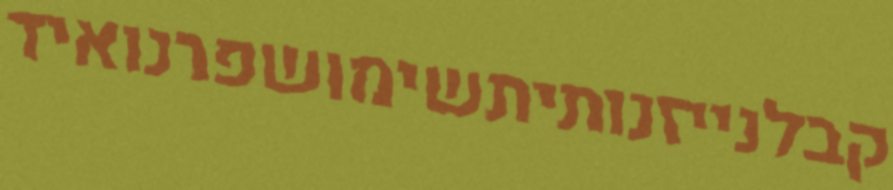
קבלנייזנותיתשימושפרנואיד